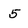
Character: 5